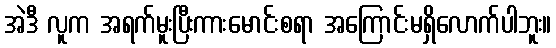
အဲဒီ လူက အရက်မူးပြီးကားမောင်းစရာ အကြောင်းမရှိလောက်ပါဘူး။